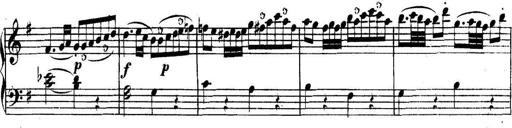
Title: Collected Piano Sonatas
Composer: Muzio Clementi